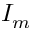
I _ { m }